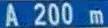
A200m